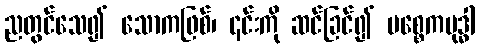
ညတွင်သေ၍ သောကဖြစ်၊ ၎င်းကို ဆင်ခြင်၍ ပစ္စေကဗုဒ္ဓါ